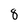
Character: 8